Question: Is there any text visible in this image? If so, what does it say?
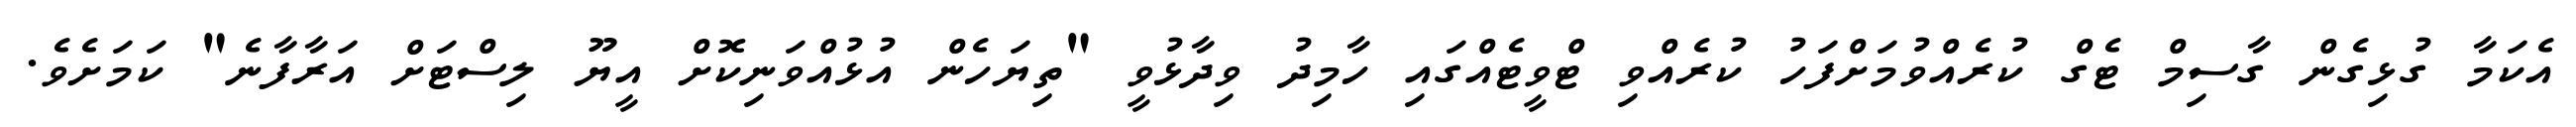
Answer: އެކަމާ ގުޅިގެން ގާސިމް ޓެގް ކުރެއްވުމަށްފަހު ކުރެއްވި ޓްވީޓެއްގައި ހާމިދު ވިދާޅުވީ "ތިޔަހެން އުޅުއްވަނިކޮށް އީޔޫ ލިސްޓަށް އަރާފާނެ" ކަމަށެވެ.